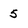
Character: 5